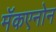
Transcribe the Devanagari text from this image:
मॅकएनोन